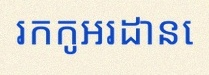
រកកូអរដោនេ